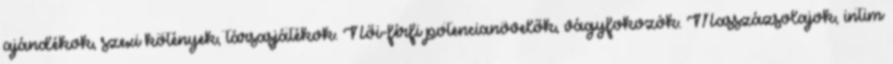
ajándékok, szexi kötények, társasjátékok. Női-férfi potencianövelők, vágyfokozók. Masszázsolajok, intim